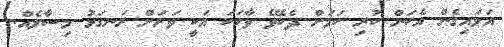
އަޅައިގެން އެކަން ކުރި ކަމަށް ދެކެވޭ ވާހަކަ އަކީ ވަރަށް ރަނގަޅު މިސާލެއް.